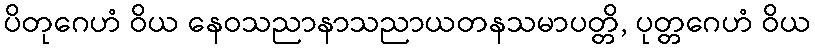
ပိတုဂေဟံ ဝိယ နေဝသညာနာသညာယတနသမာပတ္တိ, ပုတ္တဂေဟံ ဝိယ